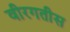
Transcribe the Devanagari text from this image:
वीरगतीस